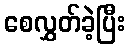
စေလွှတ်ခဲ့ပြီး